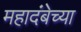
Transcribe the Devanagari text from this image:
महादंबेच्या